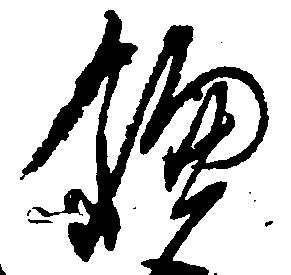
鎌